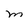
Character: M